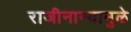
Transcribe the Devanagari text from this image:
राजीनाम्यामुळे